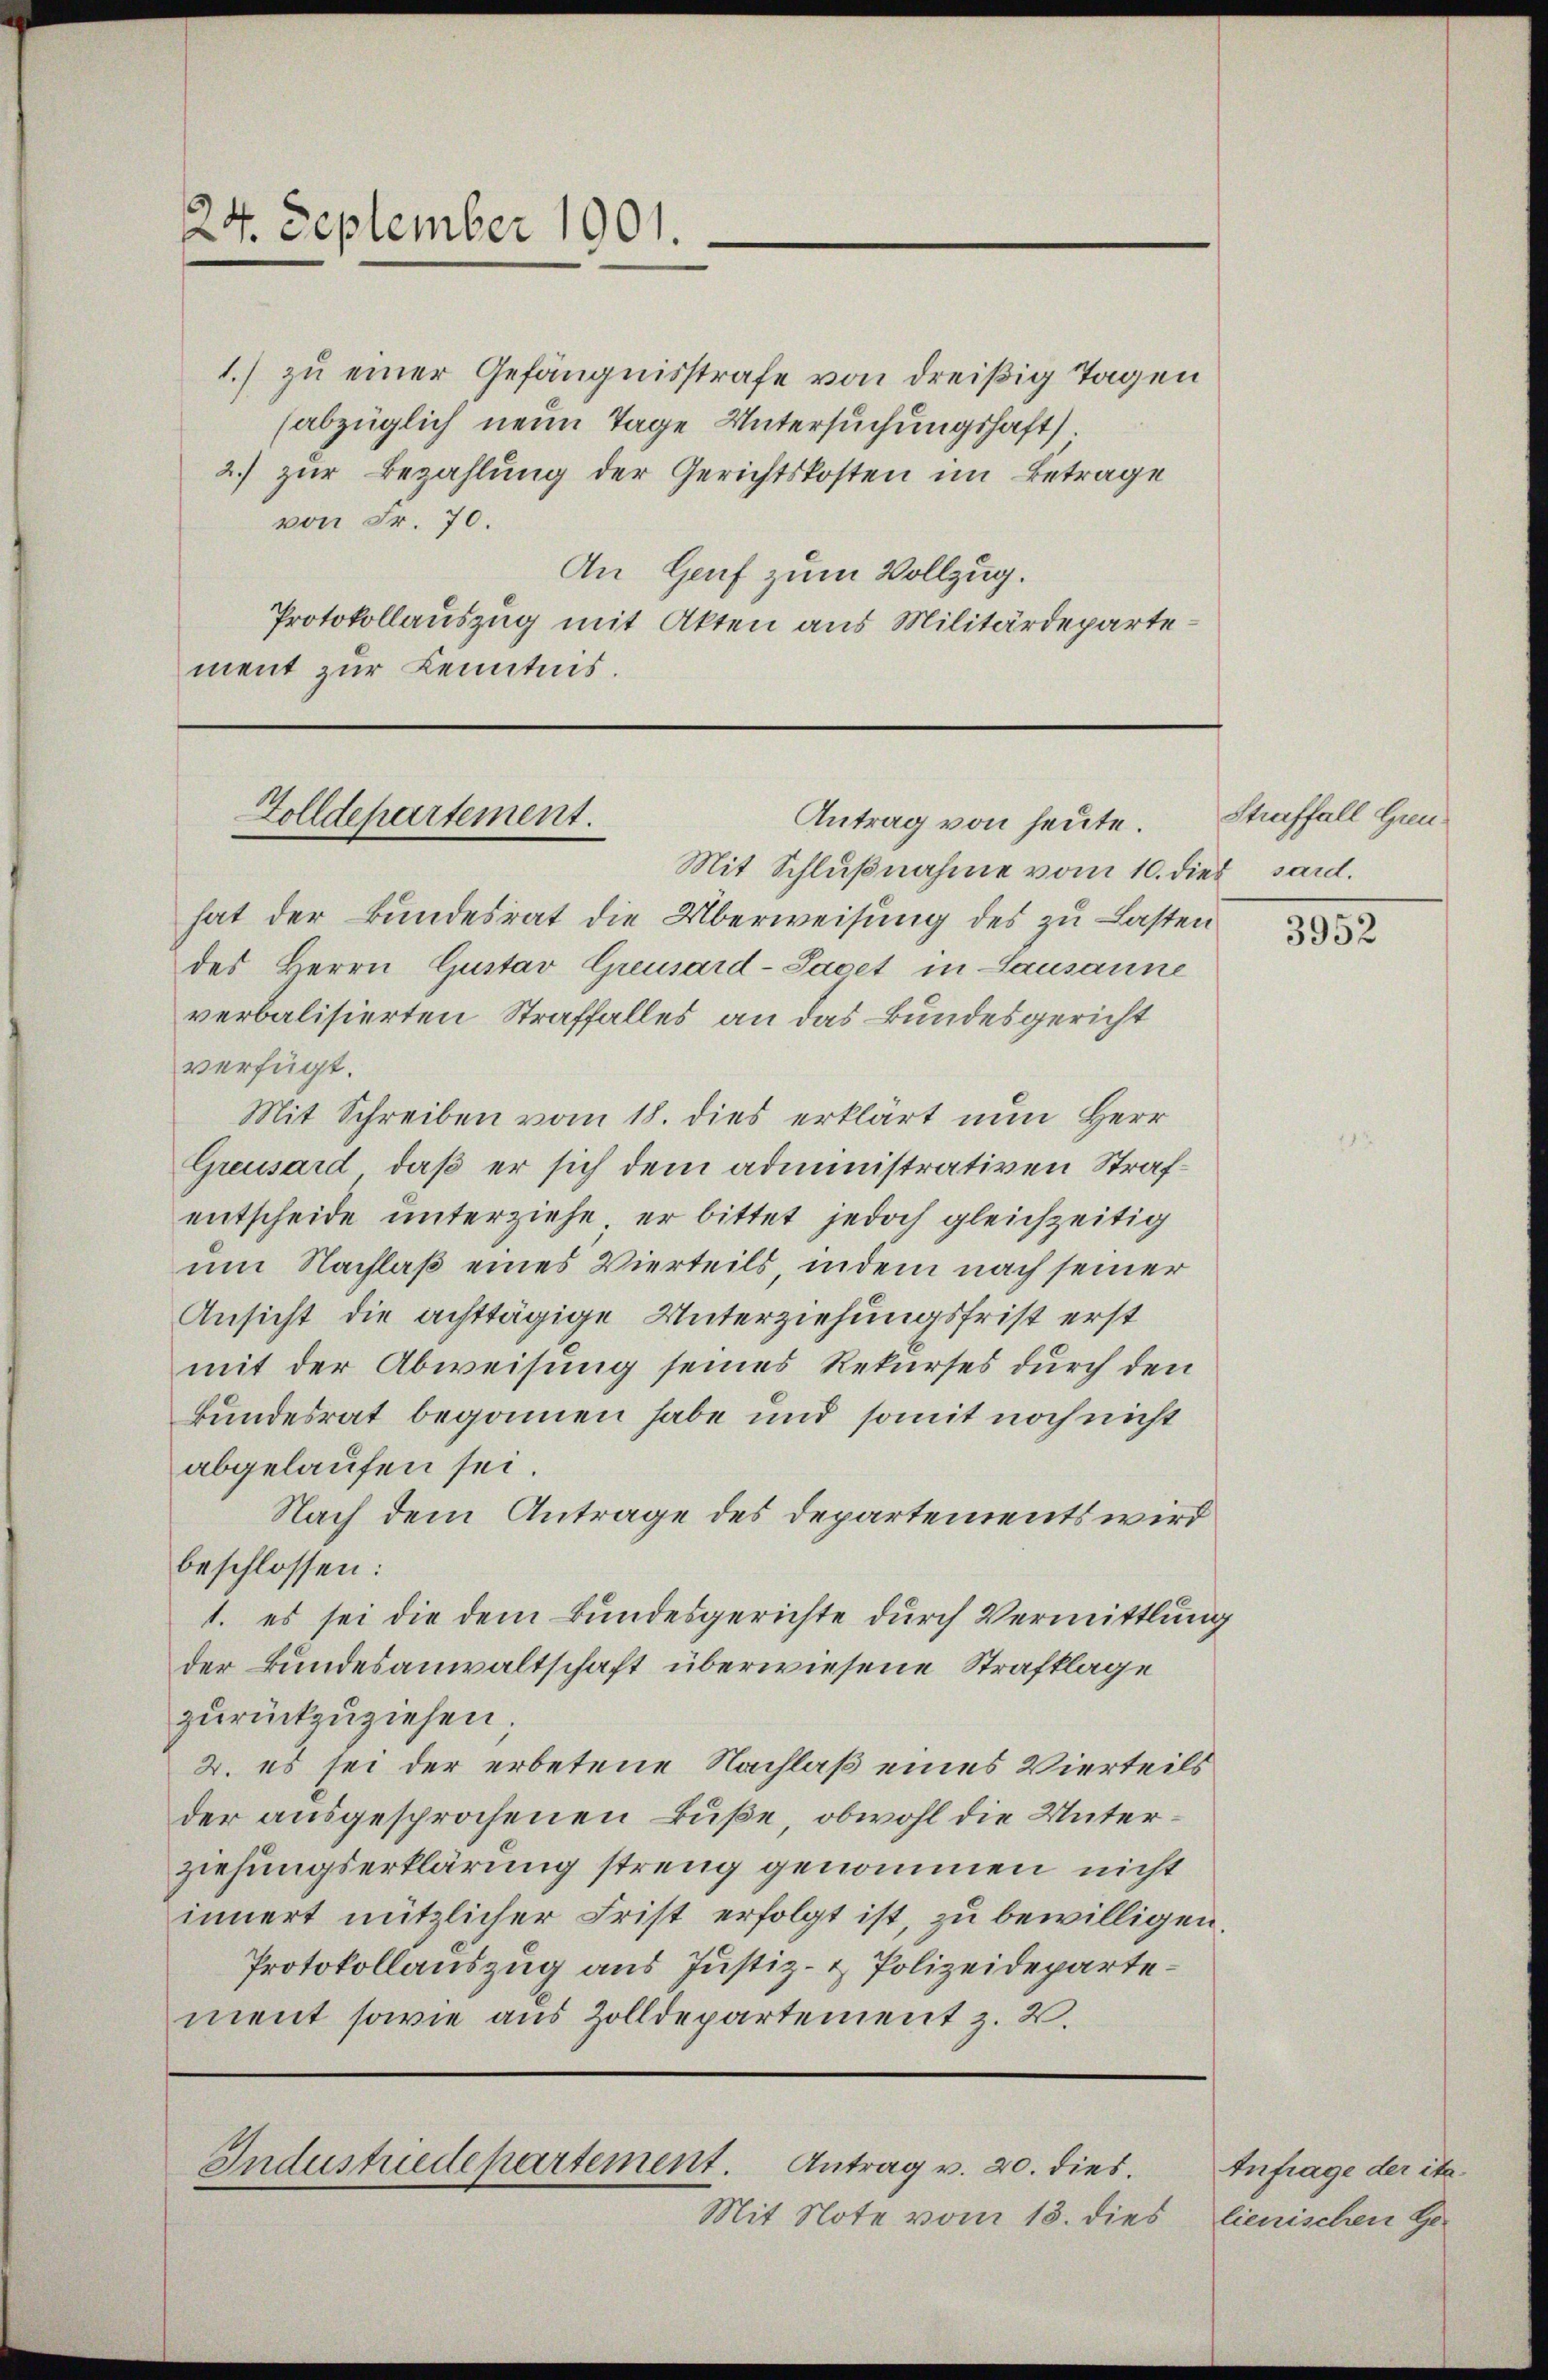
24. September 1901.

1.) zu einer Gefängnisstrafe von dreißig Tagen
(abzüglich neun Tage Untersuchungshaft
2.) zur Bezahlung der Gerichtskosten im Betrage
von Fr. 70.
An Genf zum Vollzug.
Protokollauszug mit Akten aus Militärdepartement zur Kenntnis.

Zolldepartement.
Antrag von heute.

Mit Schlußnahme vom 10. dies sard.
hat der Bundesrat die Überweisung des zu Lasten
des Herrn Gustav Greusard-Sacet in Lausanne
verbalisierten Straffalles an das Bundesgericht
verfügt:
Mit Schreiben vom 18. dies erklärt nun Herr
Greusard, daß er sich dem administrativen Strafentscheide unterziehe, er bittet jedoch gleichzeitig
um Nachlaß eines Vierteils, indem nach seiner
Ansicht die achttägige Unterziehungsfrist erst
mit der Abweisung seines Rekurses durch den
Bundesrat begonnen habe und somit noch nicht
abgelaufen sei
Nach dem Antrage des Departements wird
beschlossen:
1. es sei die dem Bundesgerichte durch Vermittlung
der Bundesanwaltschaft überwiesene Strafklage
zurückzuziehen.
2. es sei der erbetene Nachlaß eines Vierteils
der ausgesprochenen Buße, obwohl die Unterziehungserklärung streng genommen nicht
innert nützlicher Frist erfolgt ist, zu bewilligen.
Protokollauszug aus Justiz- & Polizeidepartement sowie aus Zolldepartement z. B.

Industriedepartement. Antrag v. 20. dies

Mit Note vom 18. dies

Straffall Greu¬

3952

Anfrage der ita.
lienischen Ge-